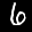
Label: 6